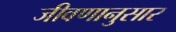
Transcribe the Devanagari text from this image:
जीवणानुसार